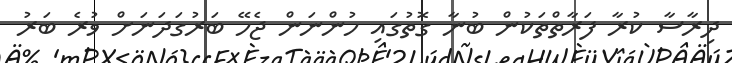
ދިރާސާ ކުރާ ފަރާތްތަކުން ބުނާ ގޮތުގައި ހުންނަން ޖެހޭ ބަރުގަދަނަށް ވުރެ ބަރު